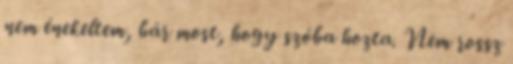
nem énekeltem, bár most, hogy szóba hozta. Nem rossz